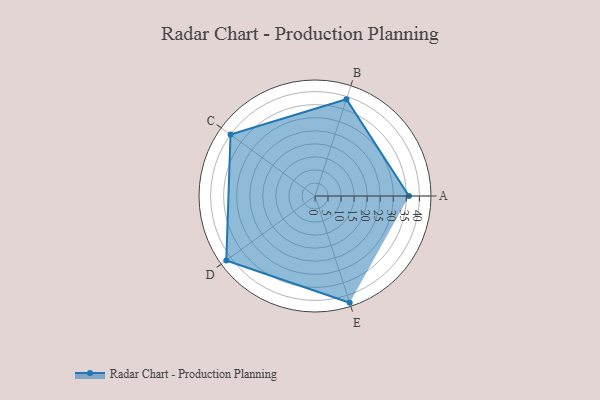
{"axis": {"x": "Skill", "y": "Score"}, "legend": ["Profile"], "data": [{"x": "A", "y": 36.0, "type": "Profile"}, {"x": "B", "y": 39.0, "type": "Profile"}, {"x": "C", "y": 40.0, "type": "Profile"}, {"x": "D", "y": 42.0, "type": "Profile"}, {"x": "E", "y": 43.0, "type": "Profile"}]}